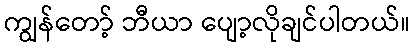
ကျွန်တော့် ဘီယာ ပျော့လိုချင်ပါတယ်။